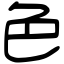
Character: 色